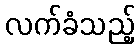
လက်ခံသည့်